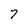
Character: 7